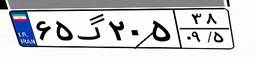
۵۰گ۵۵۳۰۶